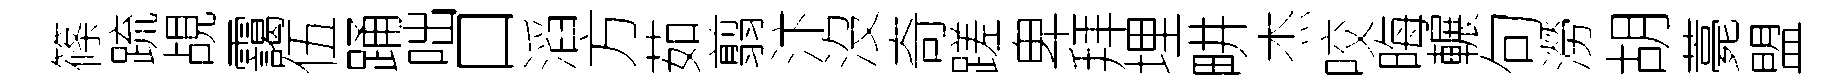
篠䟽覘靄伍踊咄口滔方茹翦汴沒奇蹉卑拜埋畊杰咬晦輾句澇胡薧盟